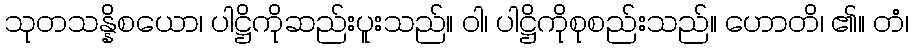
သုတသန္နိစယော၊ ပါဋ္ဌိကိုဆည်းပူးသည်။ ဝါ၊ ပါဋ္ဌိကိုစုစည်းသည်။ ဟောတိ၊ ၏။ တံ၊